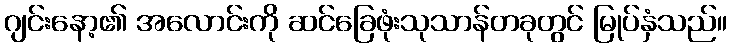
ဂျင်းနော့၏ အလောင်းကို ဆင်ခြေဖုံးသုသာန်တခုတွင် မြုပ်နှံသည်။